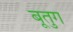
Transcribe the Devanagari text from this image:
बूतुग